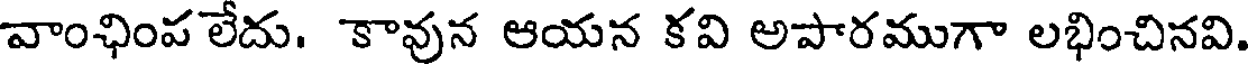
వాంఛింప లేదు. కావున ఆయన కవి అపారముగా లభించినవి.